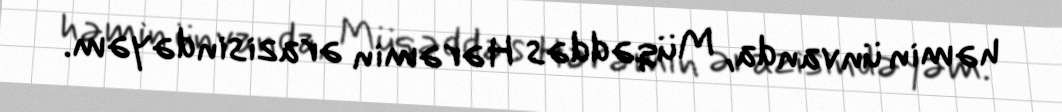
həmin ünvanda, Müqəddəs Hərəmin ərazisindəyəm.